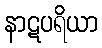
နာဋပရိယာ